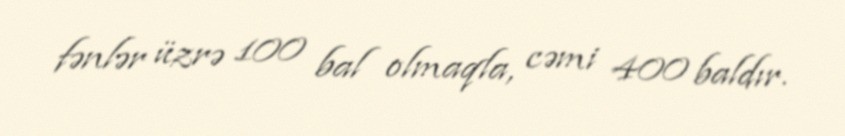
fənlər üzrə 100 bal olmaqla, cəmi 400 baldır.